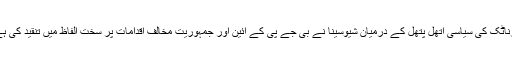
کرناٹک کی سیاسی اتھل پتھل کے درمیان شیوسینا نے بی جے پی کے آئین اور جمہوریت مخالف اقدامات پر سخت الفاظ میں تنقید کی ہے۔